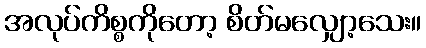
အလုပ်ကိစ္စကိုတော့ စိတ်မလျှော့သေး။